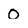
Character: 0